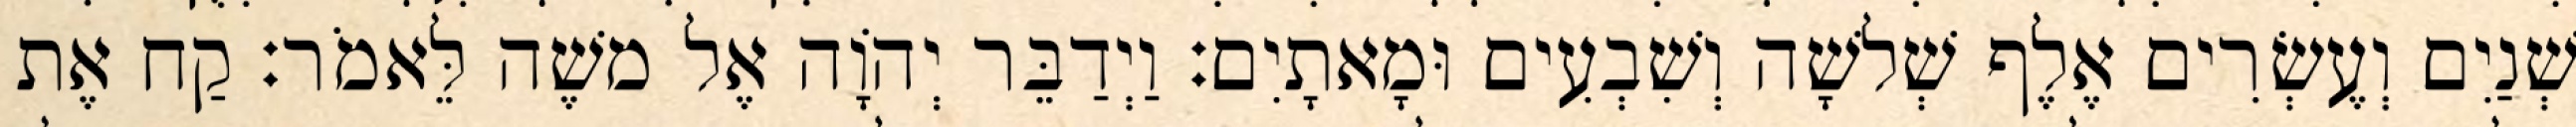
שְׁנַיִם וְעֶשְׂרִים אֶלֶף שְׁלשָׁה וְשִׁבְעִים וּמָאתָיִם׃ וַיְדַבֵּר יְהוָֹה אֶל משֶׁה לֵּאמֹר׃ קַח אֶת